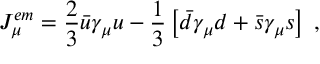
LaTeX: J _ { \mu } ^ { e m } = \frac { 2 } { 3 } \bar { u } \gamma _ { \mu } u - \frac { 1 } { 3 } \left[ \bar { d } \gamma _ { \mu } d + \bar { s } \gamma _ { \mu } s \right] \; ,